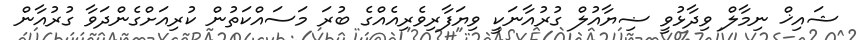
ޝައިޚް ނިމާލް ވިދާޅުވީ ޟިޔާއުލް ގުރުއާނަކީ ވިޔަފާރިވެރިއެއްގެ ބުރަ މަސައްކަތުން ކުރިއަށްގެންދަވާ ގުރުއާން